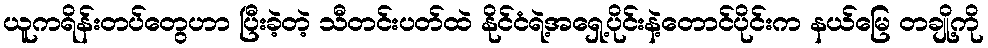
ယူကရိန်းတပ်တွေဟာ ပြီးခဲ့တဲ့ သီတင်းပတ်ထဲ နိုင်ငံရဲ့အရှေ့ပိုင်းနဲ့တောင်ပိုင်းက နယ်မြေ တချို့ကို